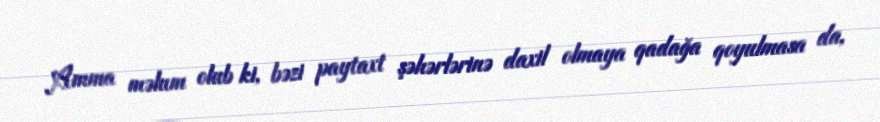
Amma məlum olub ki, bəzi paytaxt şəhərlərinə daxil olmaya qadağa qoyulmasa da,